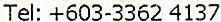
TEL: +603-3362 4137